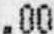
.00